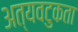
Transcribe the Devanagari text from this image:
अत्यवटुकता